Physiological action of certain drugs in tablet form - Number 52A
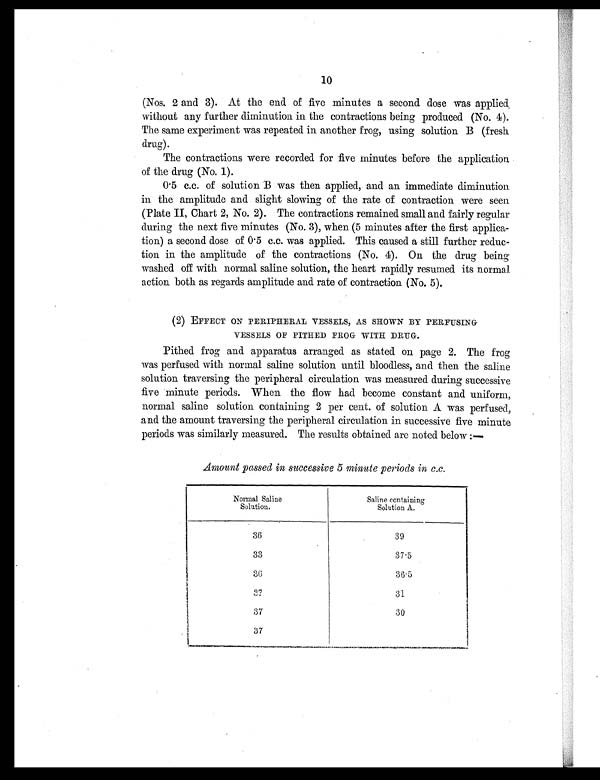
10
(Nos. 2 and 3). At the end of five minutes a second dose was applied.
without any further diminution in the contractions being produced (No. 4).
The same experiment was repeated in another frog, using solution B (fresh
drug).
The contractions were recorded for five minutes before the application
of the drug (No. 1).
0.5 c.c. of solution B was then applied, and an immediate diminution.
in the amplitude and slight slowing of the rate of contraction were seen
(Plate II, Chart 2, No. 2). The contractions remained small and fairly regular
during the next five minutes (No. 3), when (5 minutes after the first applica-
tion) a second dose of 0.5 c.c. was applied. This caused a still further reduc-
tion in the amplitude of the contractions (No. 4). On the drug being
washed off with normal saline solution, the heart rapidly resumed its normal
action both as regards amplitude and rate of contraction (No. 5).
(2) EFFECT ON PERIPHERAL VESSELS, AS SHOWN BY PERFUSING
VESSELS OF PITHED FROG WITH DRUG.
Pithed frog and apparatus arranged as stated on page 2. The frog
was perfused with normal saline solution until bloodless, and then the saline
solution traversing the peripheral circulation was measured during successive
five minute periods. When the flow had become constant and uniform,
normal saline solution containing 2 per cent. of solution A was perfused,
and the amount traversing the peripheral circulation in successive five minute
periods was similarly measured. The results obtained are noted below :—
Amount passed in successive 5 minute periods in c.c.
Normal Saline
Solution.
Saline containing
Solution A.
36
39
33
37.5
3 6
36.5
37
31
37
30
37